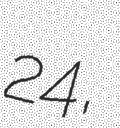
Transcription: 24,